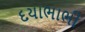
દયાભાભી